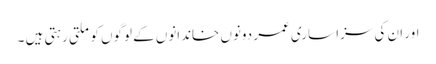
اور ان کی سزا ساری عمر دونوں خاندانوں کے لوگوں کو ملتی رہتی ہیں ۔